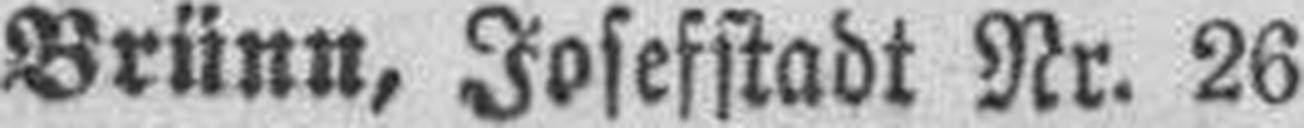
Brünn, Josefstadt Nr. 26